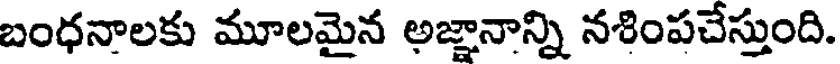
బంధనాలకు మూలమైన అజ్ఞానాన్ని నశింపచేస్తుంది.